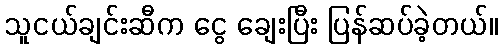
သူငယ်ချင်းဆီက ငွေ ချေးပြီး ပြန်ဆပ်ခဲ့တယ်။